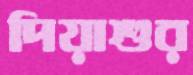
দিয়াশুর